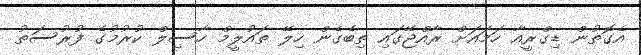
އެގޮތުން ޑިގްރީއާ ހަމައަށް ރާއްޖޭގައި ތިބެގެން ހިލޭ ތައުލީމް ހާސިލް ކުރުމުގެ ފުރުސަތު